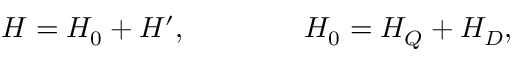
H = H _ { 0 } + H ^ { \prime } , \qquad \qquad H _ { 0 } = H _ { Q } + H _ { D } ,